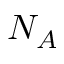
N _ { A }